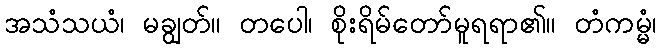
အသံသယံ၊ မချွတ်။ တပေါ၊ စိုးရိမ်တော်မူရရာ၏။ တံကမ္မံ၊